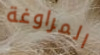
المراوغة